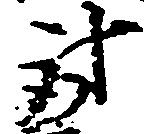
討